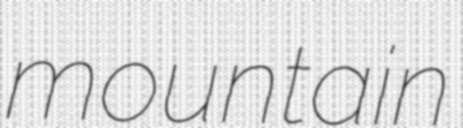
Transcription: mountain